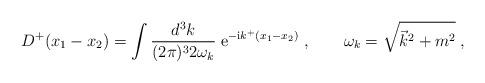
LaTeX: \begin{align*} D^+(x_1-x_2) = \int \frac{d^3k}{(2\pi)^3 2 \omega_k} \;\mathrm{e}^{-\mathrm{i} k^+(x_1-x_2)}\;, \qquad \omega_k = \sqrt{\vec{k}^2+m^2}\;,\end{align*}